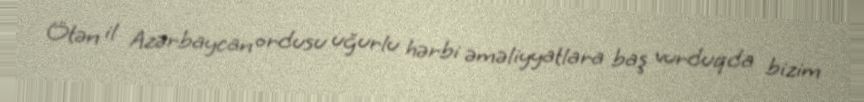
Ötən il Azərbaycan ordusu uğurlu hərbi əməliyyatlara baş vurduqda bizim